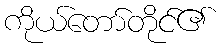
ကိုယ်တော်တိုင်၏